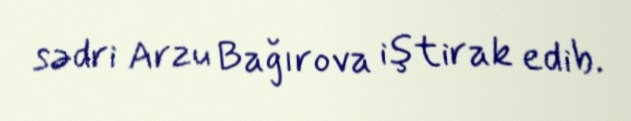
sədri Arzu Bağırova iştirak edib.